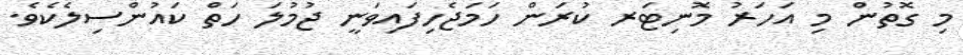
މި ގޮތުން މި އަހަރު މޮނިޓަރ ކުރަން ހަމަޖެހިފައިވަނީ ޖުމުލަ ހަތް ކައުންސިލެކެވެ.